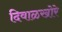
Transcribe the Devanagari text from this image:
दिवाळखोरे